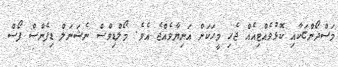
މަސްދޯންޏަކާއި ކޮޅުވެއްޓިއެއް ޖެހި މީހަކަށް އަނިޔާވެއްޖެ އެވެ. މޯލްޑިވްސް ނެޝަނަލް ޑިފެންސް ފޯސް